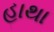
હાથા